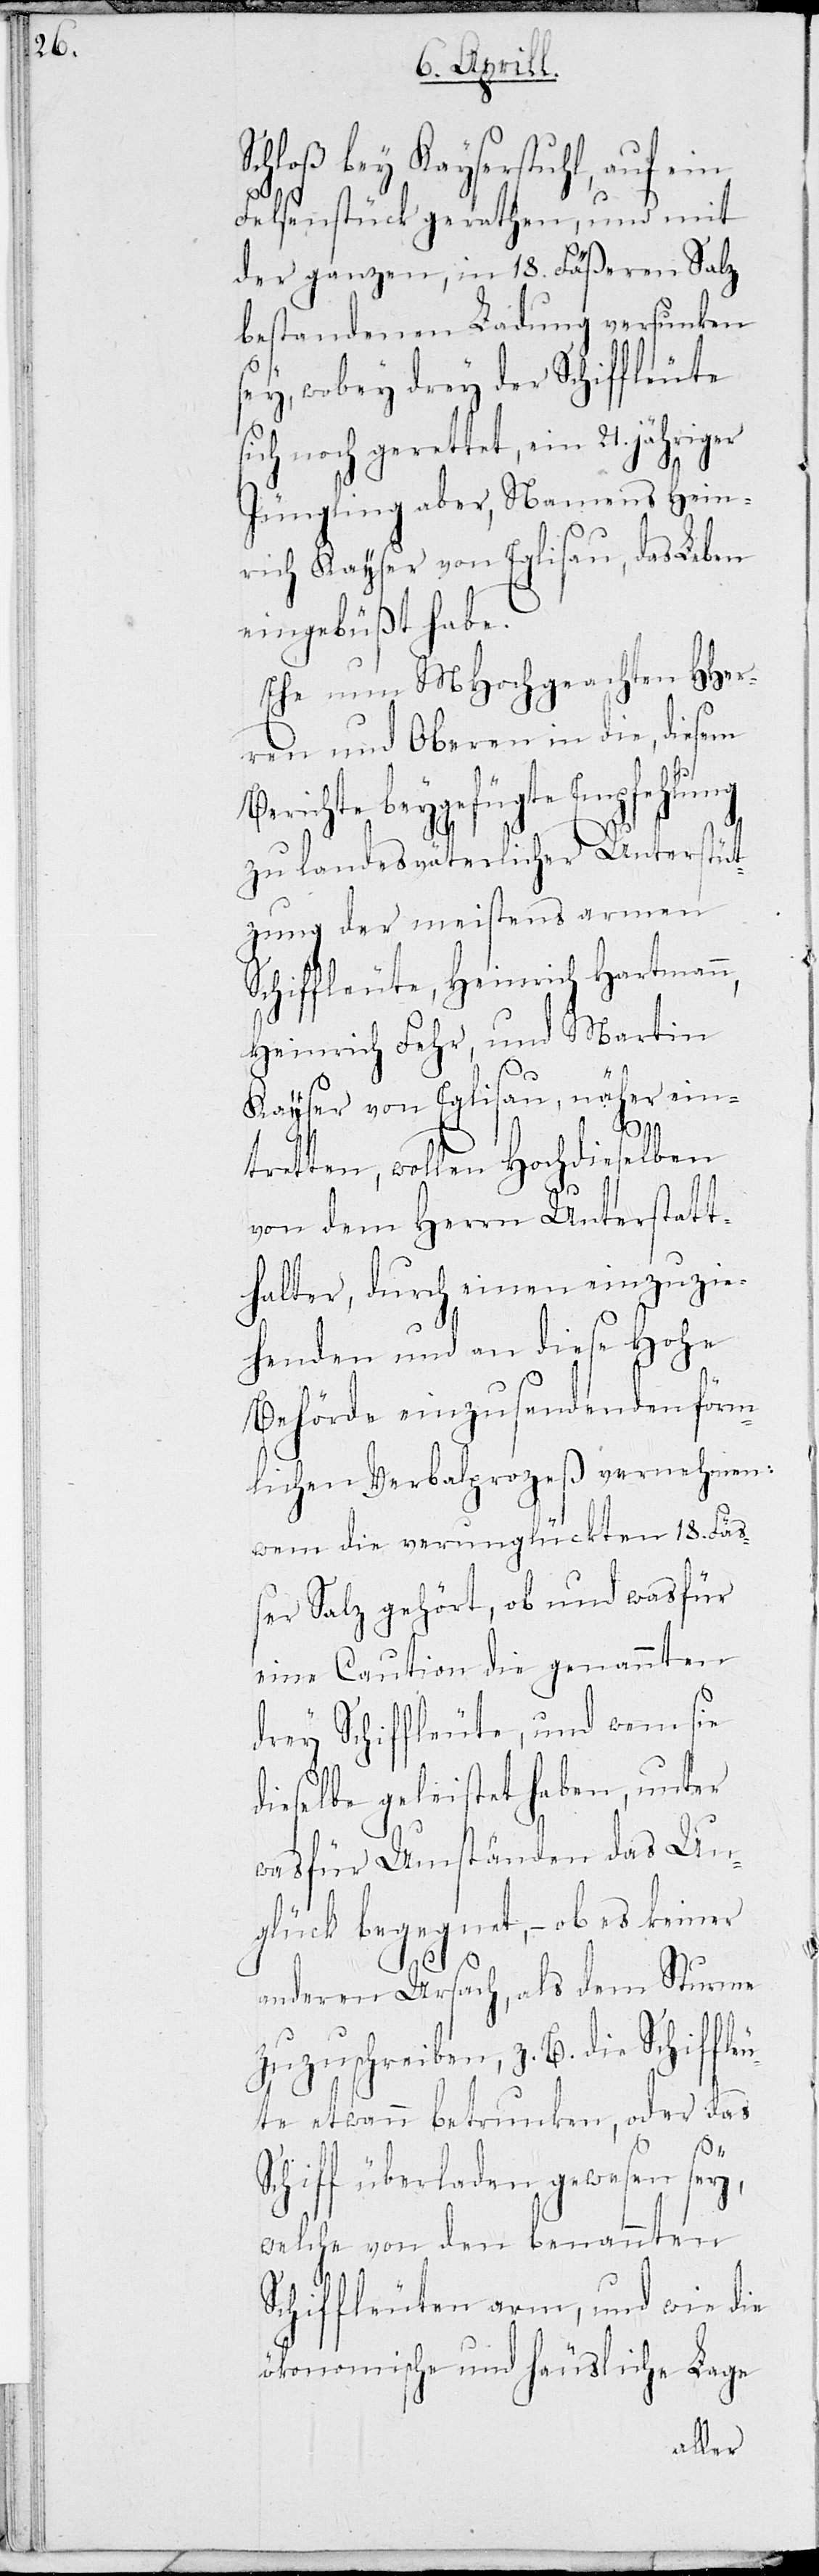
chloß bey Kayserstuhl, auf e¬
Felsenstück gerathen, und mit
der ganzen, in 18. Fäßeren Salz
bestandenen Ladung versunken
sey, wobey drey der Schiffleute
sich noch gerettet, ein 21. jähriger
Jüngling aber, Namens Hein¬
rich Kayser von Eglisau, das Leben
eingebüßt habe.
Ehe nun MHochgeachten HHer¬
ren und Oberen in die, diesem
Berichte beygefügte Empfehlung
zu landesväterlicher Unterstüt¬
zung der meistens armen
Schiffleute, Heinrich Hartmann,
Heinrich Fehr, und Martin
Kayser von Eglisau, näher ein¬
in
tretten, wollen Hochdieselben
von dem Herrn Unterstatt¬
halter, durch einen einzuzie¬
henden und an diese Hohe
Behörde einzusendenden förm¬
lichen Verbalprozeß vernehmen:
wem die verunglückten 18. Fäs¬
ser Salz gehört, ob und was für
eine Caution die genannten
drey Schiffleute, und wem sie
dieselbe geleistet haben, unter
was für Umständen das Un¬
glück begegnet, – ob es keiner
anderen Ursach, als dem Sturme
zuzuschreiben, z. B. die Schiffle¬
ute etwann betrunken, oder das
Schiff überladen gewesen sey,
welche von den benannten
Schiffleuten arm, und wie die
ökonomische und häusliche Lage